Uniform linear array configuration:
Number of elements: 64
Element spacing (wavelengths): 0.75
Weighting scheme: hamming
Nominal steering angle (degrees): -15
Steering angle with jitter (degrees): -15.899
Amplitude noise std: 0.05
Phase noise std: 0.05

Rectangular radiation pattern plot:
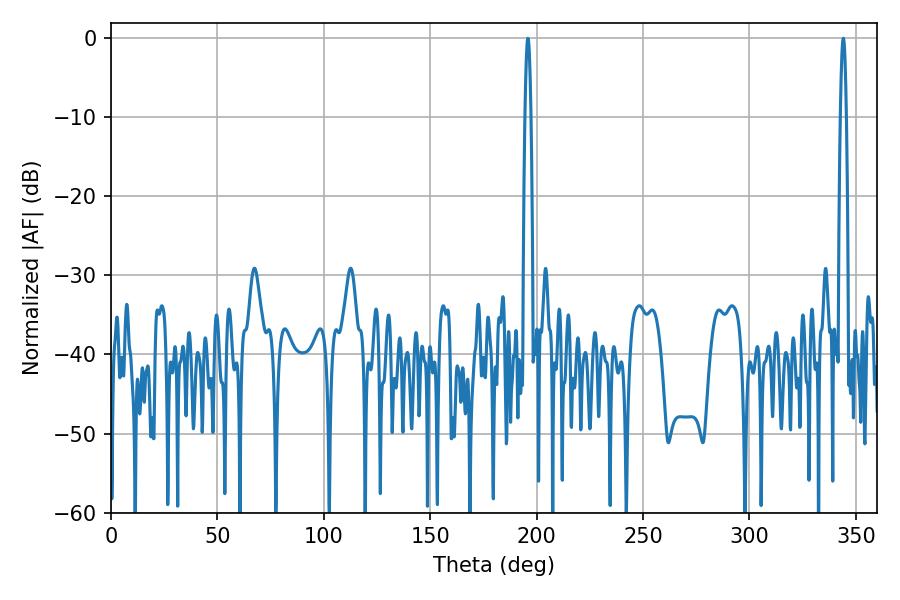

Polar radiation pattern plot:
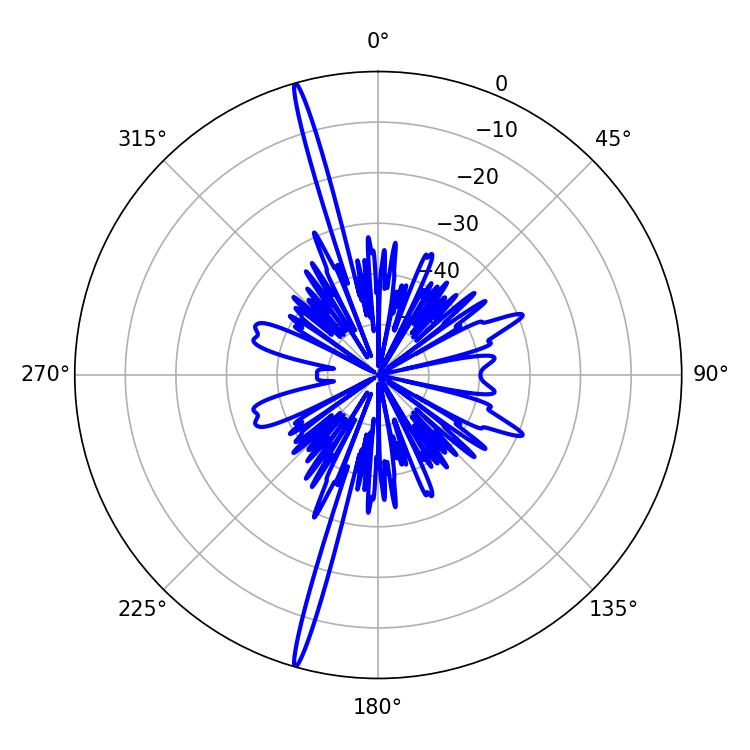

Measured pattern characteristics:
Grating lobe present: TRUE
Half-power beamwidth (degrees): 1.44
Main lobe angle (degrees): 195.84